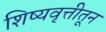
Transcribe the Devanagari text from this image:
शिष्यवृत्तीतून